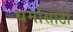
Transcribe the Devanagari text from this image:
धर्मांसाठी